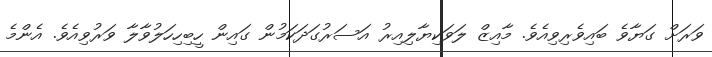
ވަރަށް ގަޔާވެ ބައިވެރިވިއެވެ. މާއިޒް ލަވަކިޔާލިއިރު އަސަރުގަދަކަމުން ގައިން ހީބިހިހަލުވާލާ ވަރުވިއެވެ. އެންމެ